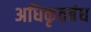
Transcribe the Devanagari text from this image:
अधिकृतबंध